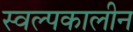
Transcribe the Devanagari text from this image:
स्वल्पकालीन